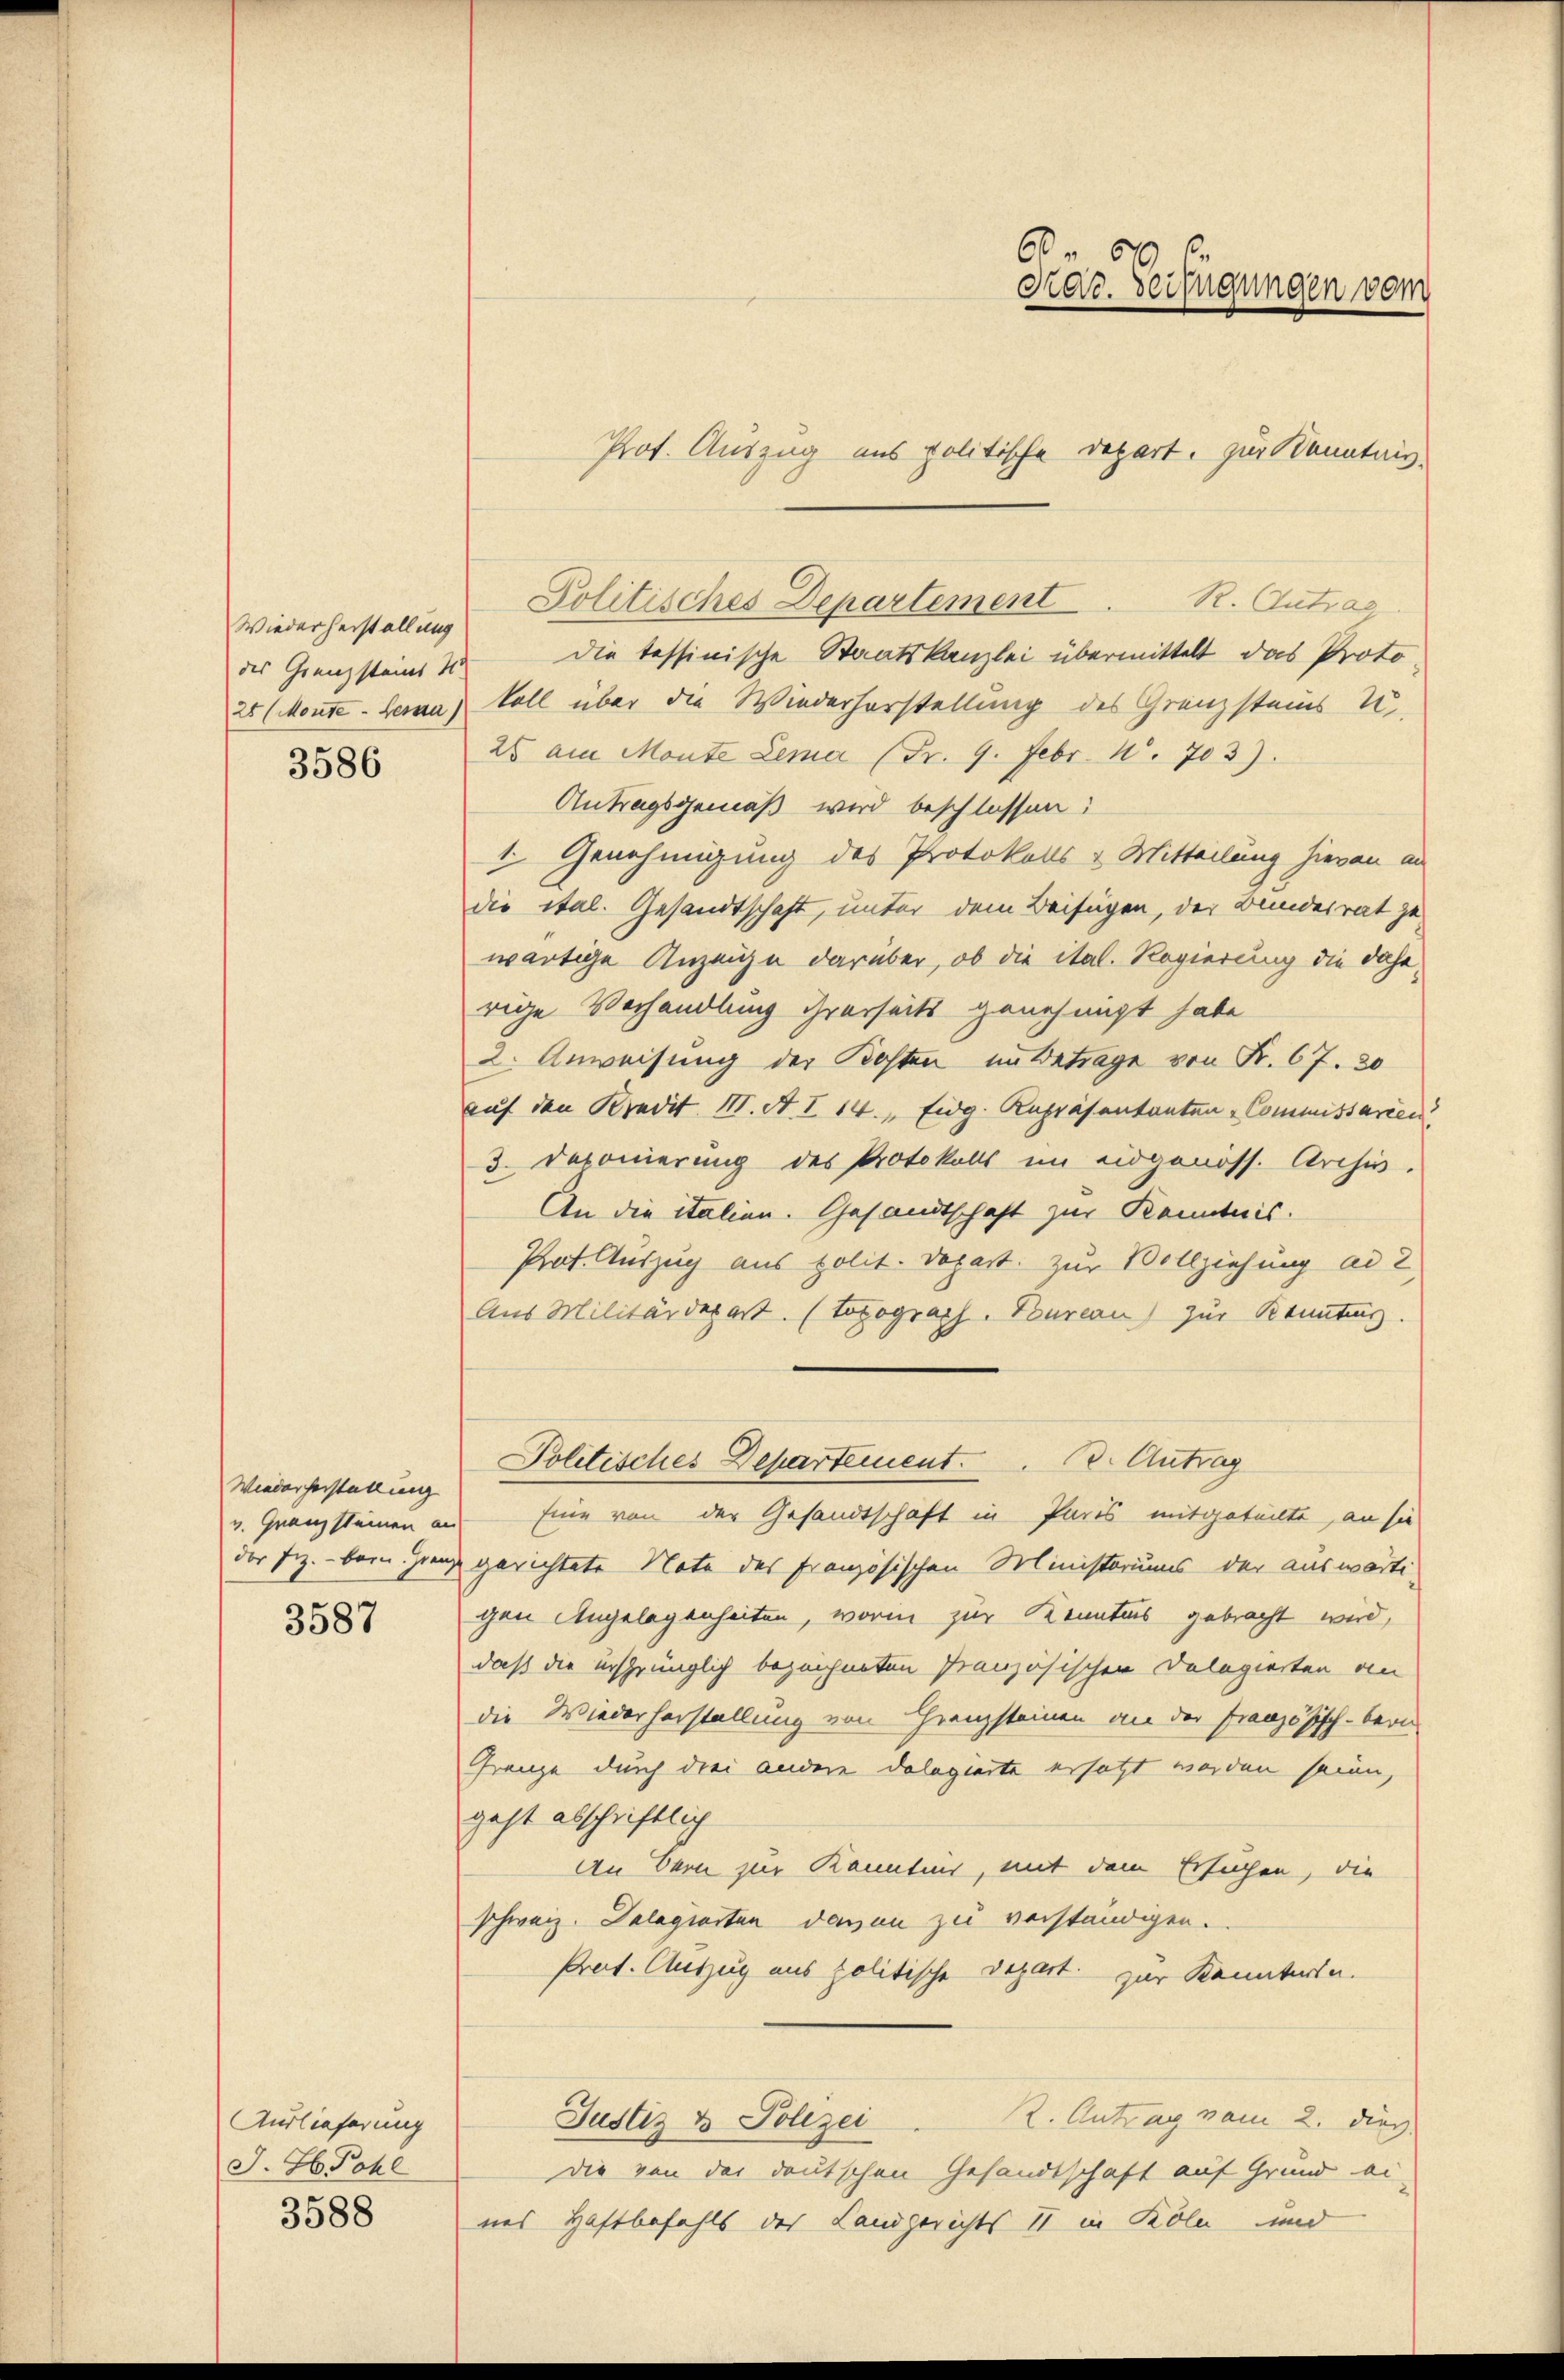
Wiederherstallung
3586

Wiederherstellung
v. Granz steinen an
der Frz. - Bern. Grenz

3587

Auslieferung
J. H. Pohl
3588

R. Antrag
des Grenzsteine u die tessinische Staatskanzlei übermittelt das Proto-
25 (Monte - berna, voll über die Wiederhorstellung des Grenzsteins U
25 am Monte Lemar (Fr. 9. Febr. 1. 703).
Antragsgemäß wird beschlossen:
1. Genehmigung des Protokolls & Mitteilung hievon an
die ital. Gesandtschaft, unter dem Beifügen, der Bundesrat gewärtige Anzeige darüber, ob die ital. Regierung die daherige Verhandlung ihrerseits genehmigt habe
2. Anweisung der Bosten in Betrage von Fr. 67. 30
auf den Kredit III. A. I 14. Eidg. Rupräsentanten-Commissarien
3. Deponierung des Protokolls im eidgenöss. Archiv.
An die italien. Gesandtschaft zur Kenntnis.
Prat. Auszug aus polit. Depart. zur Vollziehung ad 2
Aus Militärdepart. (Topograch. Bureau) zur Kenntung.
Politisches Departement                       Antrag
Eine von der Gesandtschaft in Paris mitgeteilte, an sie
gerichtete Note des französischen Ministoriums der auswärti-
gen Angelegenheiten, worin zur Kenntnis gebracht wird,
daß die ursprünglich bezeichneten Pranzösischen Delegierten an
die Wiederherstellung von Franzsteinen an der Französisch-bern
Franze durch drei andere Dolegierte ersetzt worden seien,
geht abschriftlich
an Bern zur Kenntnis, mit dem Ersuchen, die
schweiz. Delegierten davon zu verständigen.
Pret. Auszug aus politische Depart zur Kennterte.
Justiz & Polizei 2. Antrag vom 2. durc
Die von der deutschen Gesandtschaft auf Grund ei-
nes Haftbefehls des Landgerichts II in Köln und

6 50
Prar. Beifügungen vom
Prof. Auszug aus politische Depart, zur Kenntnis

Politisches Departement